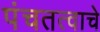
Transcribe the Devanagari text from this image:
पंचतत्वाचे